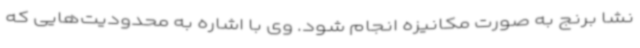
نشا برنج به صورت مکانیزه انجام شود. وی با اشاره به محدودیت‌هایی که